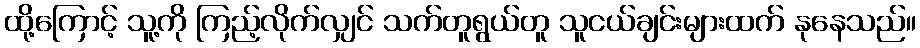
ထို့ကြောင့် သူ့ကို ကြည့်လိုက်လျှင် သက်တူရွယ်တူ သူငယ်ချင်းများထက် နုနေသည်။